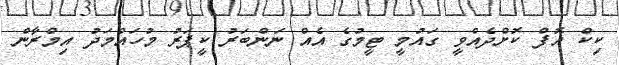
ކިކް އޮފް ކޮޮށްދެއްވީ ގައުމީ ޓީމުގެ އެއް ނަންބަރު ކީޕަރު މުހައްމަދު އިމްރާން